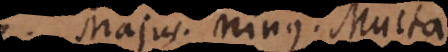
Majus. Minus. Multa.